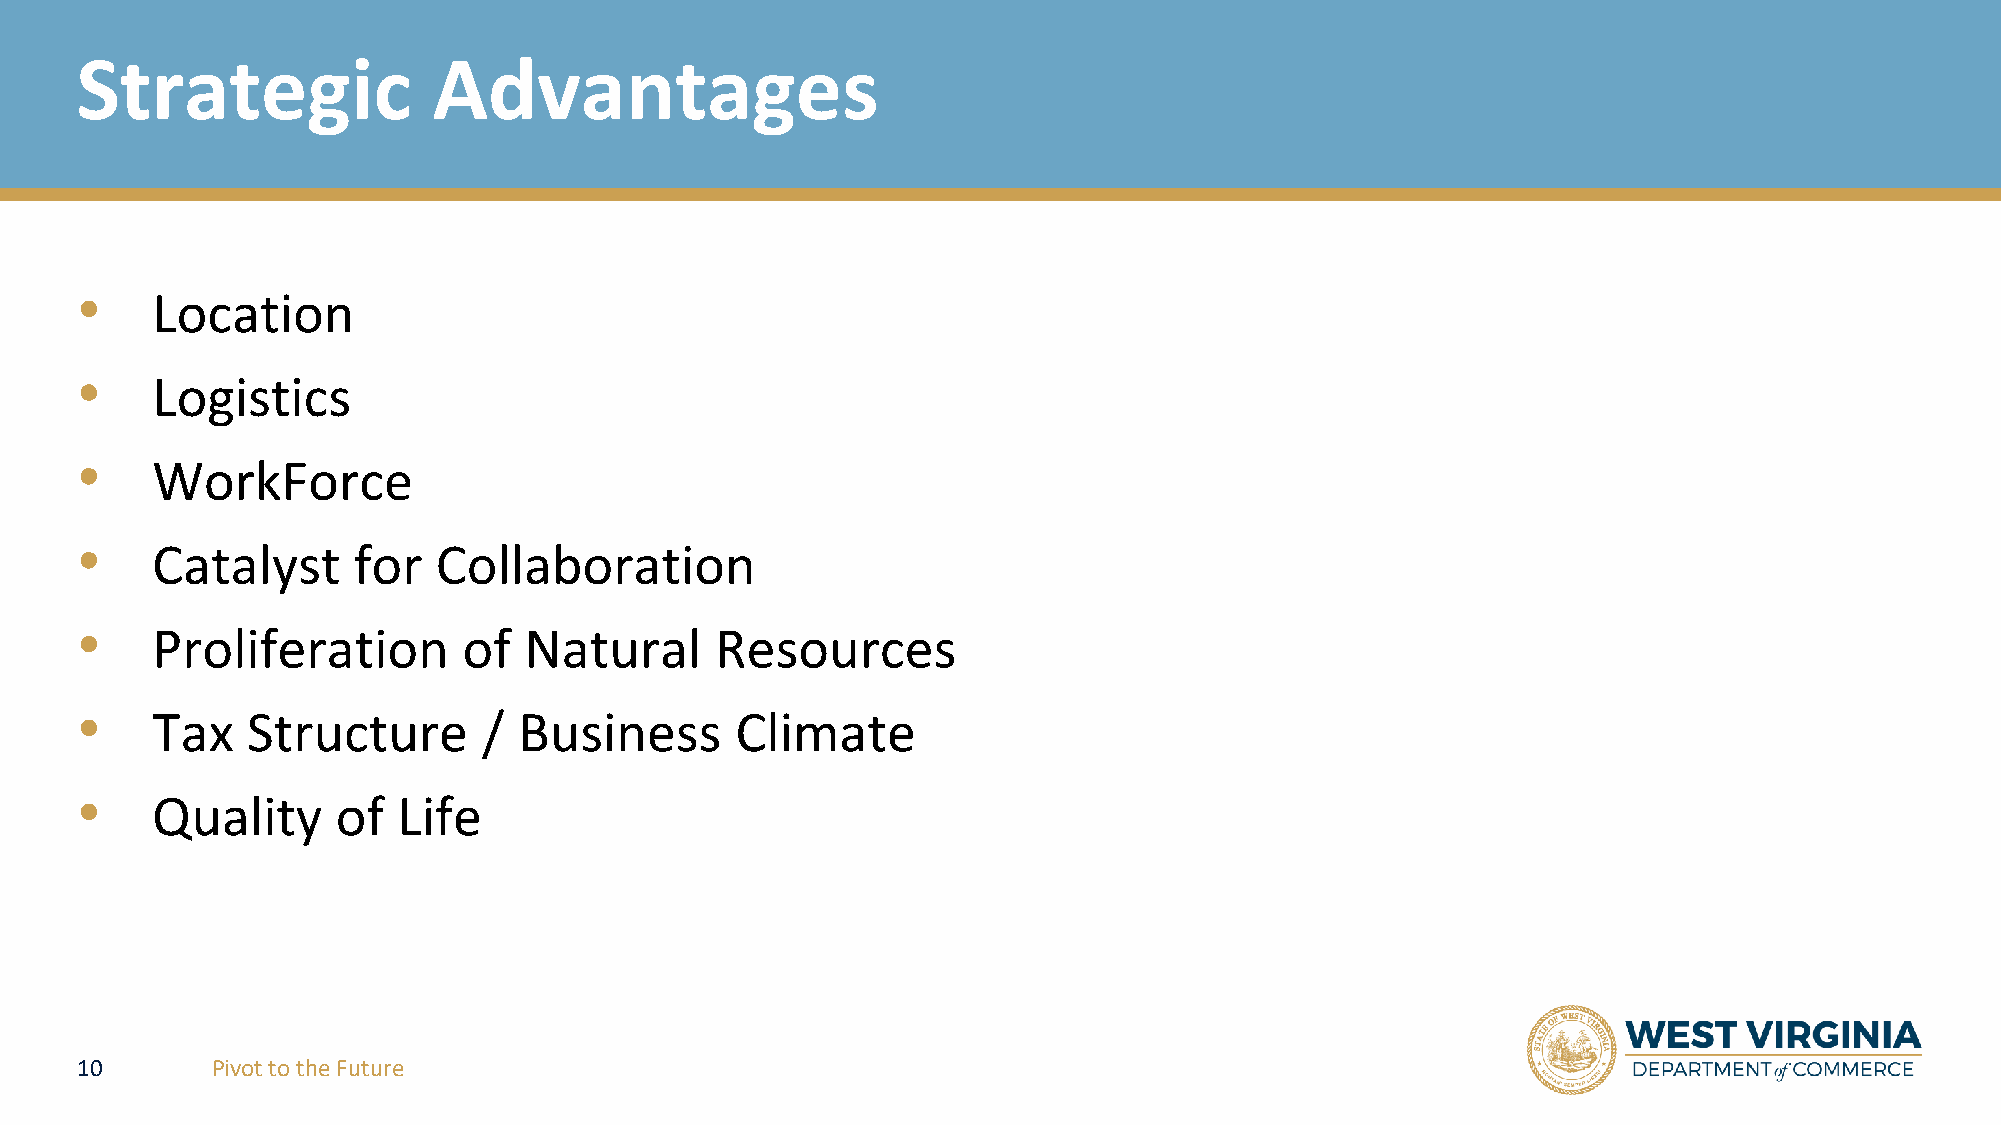
Strategic               Advantages
 •    Location
 •    Logistics
 •    WorkForce
 •    Catalyst     for   Collaboration
 •    Proliferation        of  Natural     Resources
 •    Tax   Structure       / Business       Climate
 •    Quality     of  Life
 10       Pivot to the Future